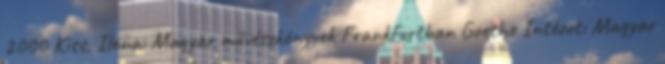
2000 Kiss, Ilona: Magyar művészkönyvek Frankfurtban Goethe Intézet: Magyar